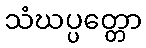
သံဃပ္ပတ္တော